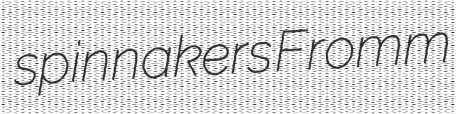
spinnakers Fromm